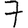
Digit: 7